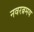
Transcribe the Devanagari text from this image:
नवरत्नमय